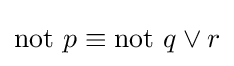
\mathrm {not} ~p\equiv \mathrm {not} ~q\lor r